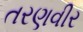
તરણવીર